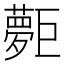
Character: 𡗐